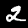
Digit: 2